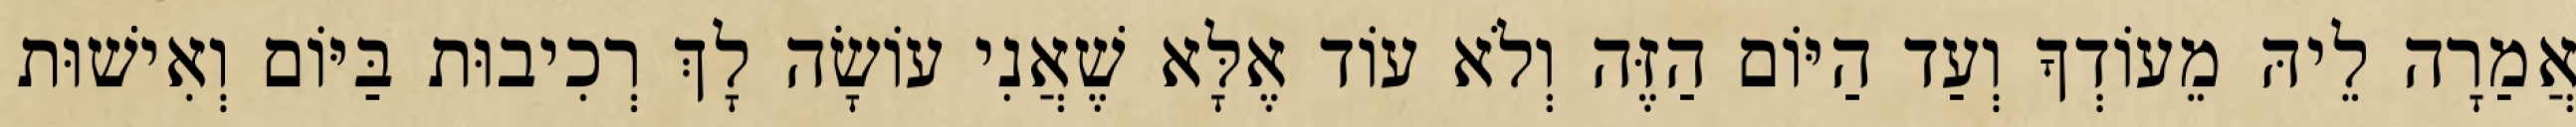
אֲמַרָה לֵיהּ מֵעוֹדְךָ וְעַד הַיּוֹם הַזֶּה וְלֹא עוֹד אֶלָּא שֶׁאֲנִי עוֹשָׂה לָךְ רְכִיבוּת בַּיּוֹם וְאִישׁוּת